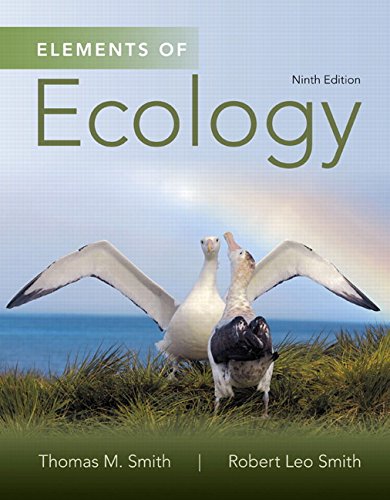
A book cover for Elements of Ecology (9th Edition); Thomas M. Smith; Science & Math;